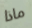
ماذا